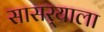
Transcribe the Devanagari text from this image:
सासर्‍याला